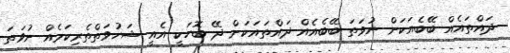
ދައްތައެއް ބޭބެއަކަށް ނުވަތަ ބޭބެއެއް ދައްތައަކަށް ދޭ ބޮހަކީ އެއީ ޝަހުވަތްތެރިކަމެއް ނުވަތަ